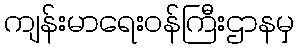
ကျန်းမာရေးဝန်ကြီးဌာနမှ